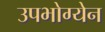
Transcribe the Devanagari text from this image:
उपभोग्येन